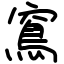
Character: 窵